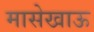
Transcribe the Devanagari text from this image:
मासेखाऊ